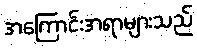
အကြောင်းအရာများသည်